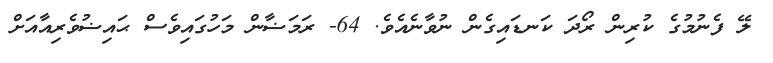
ލޭ ފެނުމުގެ ކުރިން ރޯދަ ކަނޑައިގެން ނުވާނެއެވެ. 64- ރަމަޟާން މަހުގައިވެސް ޙައިޟުވެރިއާއަށް